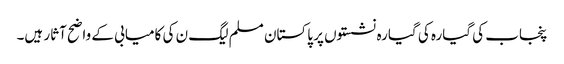
پنجاب کی گیارہ کی گیارہ نشستوں پر پاکستان مسلم لیگ ن کی کامیابی کے واضح آثار ہیں۔